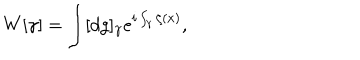
LaTeX: W [ \gamma ] = \int [ d g ] _ { \gamma } e ^ { i \int _ { \gamma } \zeta ( x ) } ,